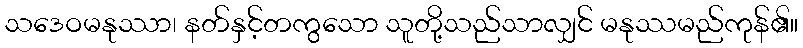
သဒေဝမနုဿာ၊ နတ်နှင့်တကွသော သူတို့သည်သာလျှင် မနုဿမည်ကုန်၏။